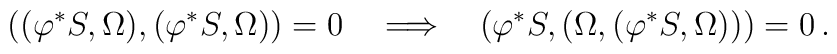
((\varphi^*S,{\Omega}),(\varphi^* S,{\Omega}))=0\quad\Longrightarrow \quad(\varphi^*S,({\Omega},(\varphi^* S,{\Omega})))=0\,.